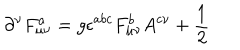
LaTeX: \partial ^ { \nu } F _ { \mu \nu } ^ { a } = g \epsilon ^ { a b c } F _ { \mu \nu } ^ { b } A ^ { c \nu } + \frac 1 2